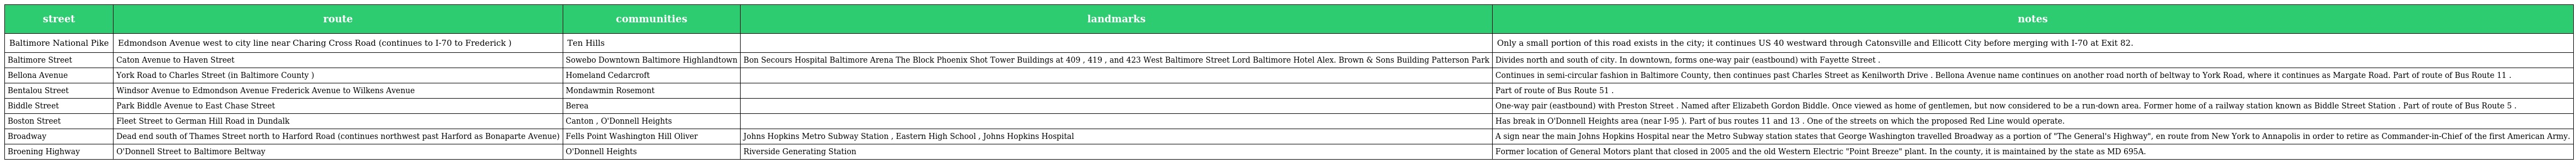
| street | route | communities | landmarks | notes |
 | --- | --- | --- | --- | --- |
 | Baltimore National Pike | Edmondson Avenue west to city line near Charing Cross Road (continues to I-70 to Frederick ) | Ten Hills |  | Only a small portion of this road exists in the city; it continues US 40 westward through Catonsville and Ellicott City before merging with I-70 at Exit 82. |
 | Baltimore Street | Caton Avenue to Haven Street | Sowebo Downtown Baltimore Highlandtown | Bon Secours Hospital Baltimore Arena The Block Phoenix Shot Tower Buildings at 409 , 419 , and 423 West Baltimore Street Lord Baltimore Hotel Alex. Brown & Sons Building Patterson Park | Divides north and south of city. In downtown, forms one-way pair (eastbound) with Fayette Street . |
 | Bellona Avenue | York Road to Charles Street (in Baltimore County ) | Homeland Cedarcroft |  | Continues in semi-circular fashion in Baltimore County, then continues past Charles Street as Kenilworth Drive . Bellona Avenue name continues on another road north of beltway to York Road, where it continues as Margate Road. Part of route of Bus Route 11 . |
 | Bentalou Street | Windsor Avenue to Edmondson Avenue Frederick Avenue to Wilkens Avenue | Mondawmin Rosemont |  | Part of route of Bus Route 51 . |
 | Biddle Street | Park Biddle Avenue to East Chase Street | Berea |  | One-way pair (eastbound) with Preston Street . Named after Elizabeth Gordon Biddle. Once viewed as home of gentlemen, but now considered to be a run-down area. Former home of a railway station known as Biddle Street Station . Part of route of Bus Route 5 . |
 | Boston Street | Fleet Street to German Hill Road in Dundalk | Canton , O'Donnell Heights |  | Has break in O'Donnell Heights area (near I-95 ). Part of bus routes 11 and 13 . One of the streets on which the proposed Red Line would operate. |
 | Broadway | Dead end south of Thames Street north to Harford Road (continues northwest past Harford as Bonaparte Avenue) | Fells Point Washington Hill Oliver | Johns Hopkins Metro Subway Station , Eastern High School , Johns Hopkins Hospital | A sign near the main Johns Hopkins Hospital near the Metro Subway station states that George Washington travelled Broadway as a portion of "The General's Highway", en route from New York to Annapolis in order to retire as Commander-in-Chief of the first American Army. |
 | Broening Highway | O'Donnell Street to Baltimore Beltway | O'Donnell Heights | Riverside Generating Station | Former location of General Motors plant that closed in 2005 and the old Western Electric "Point Breeze" plant. In the county, it is maintained by the state as MD 695A. |